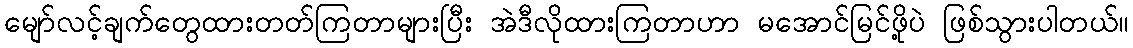
မျော်လင့်ချက်တွေထားတတ်ကြတာများပြီး အဲဒီလိုထားကြတာဟာ မအောင်မြင်ဖို့ပဲ ဖြစ်သွားပါတယ်။